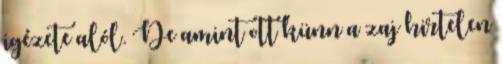
igézete alól. De amint ott künn a zaj hirtelen